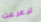
ترعرعت